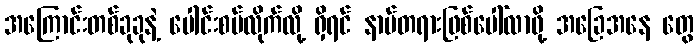
အကြောင်းတစ်ခုခုနဲ့ ပေါင်းစပ်လိုက်လို့ ရှိရင် နာမ်တရားဖြစ်ပေါ်လာဖို့ အခြေအနေ တွေ